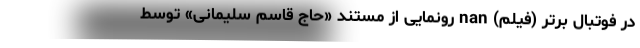
در فوتبال برتر (فیلم) nan رونمایی از مستند «حاج قاسم سلیمانی» توسط